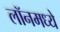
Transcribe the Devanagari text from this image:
लॉनमध्ये